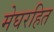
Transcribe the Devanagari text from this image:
मेघरहित